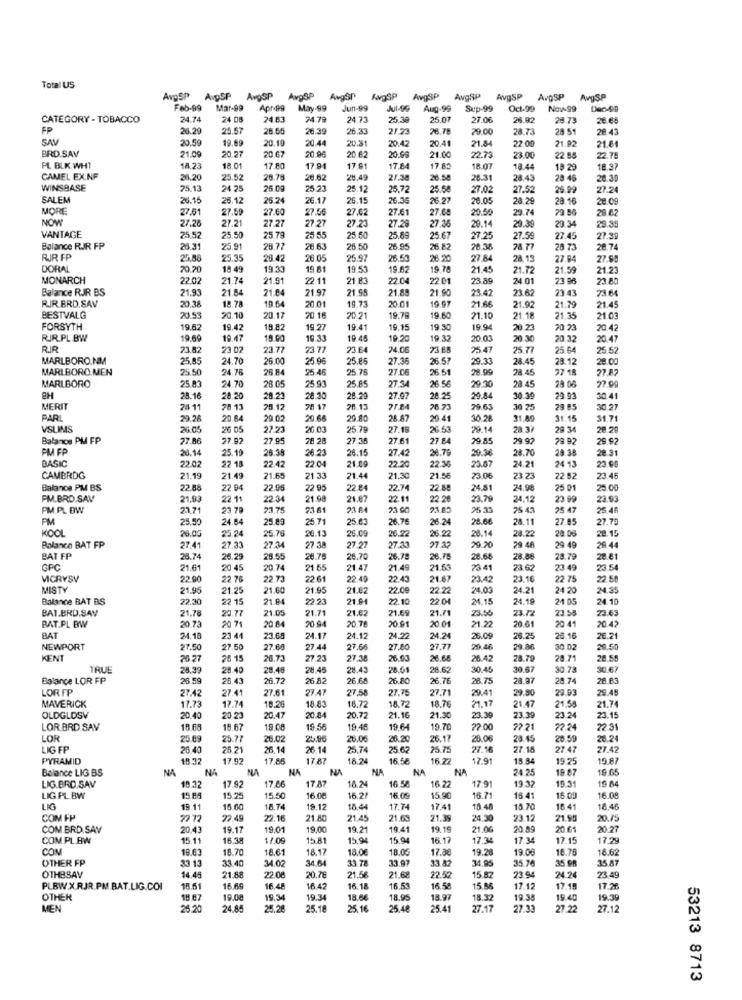
Total US
AvpSP
AvpSP
AvgSP
AvgSP
AvgSP
AwgSP
AvSP
AvgSP
AvgSP
AvpSP
AvgSP
Feb-99
Mar-99
Apr-99
May-99
Jun-99
Jul-96
Aug-99
Sup-99
Oct-99
Now 99
CATEGORY - TOBACCO
24.74
24 08
24 53
74.79
24.73
25.38
25.07
27.06
26.9
28.73
26.65
FP
26.29
25.57
28.65
26.39
26.33
21.23
29.00
28.73
28 51
28.4
SAY
20.59
19.69
20.19
20.44
20.31
20.42
20.41
21.84
22.00
21.92
21.64
BRD.SAV
20.27
20.99
21.09
20.67
20.96
20.62
21.00
22.73
23.00
22 55
22.75
PL BLK WHT
18.23
18.01
17.80
17 .94
17.61
17.84
17.85
18.07
18.44
18 29
18.37
CAMEL EXNF
26.20
25.52
28.79
26.62
28.49
21.3
26.50
26.31
28.43
23 46
20.39
WINSBASE
25.13
24 25
25 09
25.23
25.12
25.72
25.58
27.02
27.52
26.99
27.24
SALEM
26.15
26.12
26.24
26.17
26.1
26.36
26.27
20.0
28.29
28.16
28.09
MORE
27.51
27.59
27.60
27.56
27.62
27.61
27.68
20.56
29.74
28.62
NOW
27.26
27.27
27.27
27.23
27.29
29.39
29.34
27.21
27.36
20.14
28.3
VANTAGE
75.52
25.50
25.79
5.55
25.50
25.89
25.67
27.25
27.59
27.45
Balance RIR FP
26.31
25.91
28.77
26.63
26.50
26.95
26.82
28.38
78.77
28 73
26.74
RIR FP
25.88
25.35
28.42
26.05
25.97
26.50
26.20
27.8
28.13
27.84
27.99
DORAL
70.20
18 49
19.33
19 81
19.53
19.62
19.78
21.45
21.72
21.56
21.23
MONARCH
22.02
21.74
21.91
22.11
21 83
22.04
22.01
23.89
23 96
23.80
Balance RJR BS
21.93
21.54
21.84
21 97
21 S
21.89
21.90
23.42
23.62
23 43
23.64
RIR.BRD.SAV
20.38
18.78
19.64
20.01
19.73
20 01
19 97
21.66
21.92
21.79
21.45
BESTVALG
20.53
20.10
20.17
20 18
20 21
19.79
19.60
21.10
21.18
21.35
21.03
FORSYTH
19.62
19.42
18.82
19.27
19.41
19.15
19 30
19.94
20.23
20 2
20.42
RIR.PL BW
19.69
19.47
18.00
10.33
19.45
10.20
19 37
20.0.
20.30
20.32
20.47
23.82
23 02
23.77
23 77
23 64
24.06
23 EB
2541
25.77
25.64
25.52
MARLBORO.NM
25,85
24.70
26.00
25.90
25.85
27.36
26.57
29.33
28.45
28.12
28.00
MARLBORO.MEN
25.50
24.76
26 84
25.46
25.76
27.06
26.51
28.99
28.45
27 18
27.82
MARLBORO
24.70
25 93
25.85
27.34
29.30
27.90
25.83
28.0
26.56
28.45
28 06
EH
28.16
28.20
28.23
28.30
28.29
27.97
28.25
29.84
30.39
29.93
30.41
MERIT
28 11
28 13
79.12
70.12
77.84
76 73
79.63
30 75
29 85
30.27
PARL
29.28
20.64
29.02
20.64
29.80
28.87
20.41
30.28
31.89
31.15
31.71
VSLIMS
26.05
26 05
27.2
26.03
25.79
27.19
26.5
29.14
28 37
29 34
28.29
Balance PM FP
77.86
27.92
27.95
28 20
27.35
27.61
27.84
29.85
29.92
29 92
29.92
PM EP
20.14
25.19
26.38
26.23
26.15
27.42
26.79
29.36
28.70
28.31
BASIC
22.02
22.42
21.09
22.3
23.67
24.21
24 13
22 18
22:04
22.20
23.95
CAMBRDG
21.19
21.49
21.65
21 33
21.44
21.30
21.56
23.06
23.23
22 82
23 45
Balance PM BS
22.88
22 04
22.95
22 95
22.84
22.74
22.88
24.81
24.98
25 01
25.00
PM.BRD.SAV
21.93
22 11
22.34
21.98
21.87
22.11
22 28
23.79
24.12
23 99
23.93
PM.PL BW
21.71
23 79
23.75
23.81
23 BA
23 90
23.85
35.33
75 43
25 47
25.4
PM
25.50
24.84
25.89
25.71
25.63
26.76
26.24
28.66
28.11
27.85
27.70
KOOL
26.00
25.78
0.13
28.14
20.15
25.24
26.0
26.2
26.22
28.22
20.0
Balanco BAT FP
27.41
27.33
27.34
27 38
27.27
27.33
29.20
79 48
29 49
24.44
BAT FP
25.74
26.29
25.55
26.75
26.70
26.75
26.78
28.68
28.86
28.79
28.81
GPC
21.61
20 45
20 74
21 65
21.47
21.49
21.63
73 41
23. 62
23 49
23.54
VICRYSV
22.90
22 76
22.72
22 .61
22.40
22.43
21.67
23.42
3.16
22 75
22.5
MISTY
21.95
21.25
21.60
21.95
21.82
22.09
22.22
24.03
24.21
24 20
24.35
Balance BAT BS
22.30
22 15
21.94
22.23
21.9
22.10
22.04
24.15
24.19
24 05
24.10
BAT.BRD.SAV
21.78
20.7
21.05
21.71
21.62
21.59
21.71
23.56
23.72
23.55
23.63
20.78
20.91
BAT.PL BW
20.73
20 71
20.84
20 94
20.01
21.22
20.61
20 41
20.42
BAT
24.18
23 41
23.68
24.17
24.12
24.22
24.24
26.09
26.25
26.16
26.21
NEWPORT
27.5
27.50
27.68
27.44
27.66
27.80
27.77
20.46
29.86
30.02
29.50
KENT
26.27
28 15
26.73
27.23
27.38
26.03
26.68
28.42
28.79
28.71
28.55
TRUE
28.39
28.40
28.48
28.45
28.43
28.61
28.62
30.45
30.67
30.73
30.67
Balance LOR FP
26 .59
28.43
26.72
26.8
26.65
26.80
26.76
28.75
28.97
28.74
28.63
LOR FP
27.42
27.41
27.61
2747
27.58
27.75
27.71
29.41
29.80
9.93
29.45
17.73
17.74
18.20
18.83
18.72
21.17
MAVERICK
18.72
18.76
21.47
21.58
21.74
OLDGLDSV
20.40
20 23
20.47
20.84
20.72
21.16
21.30
23.39
23.39
23.24
23.15
LOR BRD SAV
15.68
18.67
19.08
19 56
19.45
19.64
19.7
22.00
2.21
2.24
22.31
LOR
25.89
25.77
26.02
25.00
26.20
26.17
20.06
23.45
20.59
20.24
LIG FP
26 40
25 21
26.14
26 14
25,74
25 67
75.75
27.16
27.18
27.47
27.42
PYRAMID
19.32
17.52
17.85
17.87
18.24
16 58
16.77
17.91
15 8
19.25
19 87
Balance LIG BS
NA
NA
NA
NA
NA
NA
NA
NA
24 25
19.87
19.65
LIG.BRD.SAV
17.66
17.87
16.24
16 52
16.22
17.91
19.37
19.31
19 8
18.32
17.92
LIG PL BW
15 88
15.25
15.50
16.00
16.2/
16.05
15.90
15.71
15.41
16.09
16.08
LIG
19.11
15.60
18.74
19.12
18.44
17.74
17.41
10.48
15.70
16.41
10.45
COM FP
22 72
22.49
22.16
21 40
21.45
21.65
21.39
24.30
23.12
21.90
20.75
COM BRD.SAV
20.43
19.17
19.01
19.00
19.21
19.41
19.15
21.06
20.89
20.61
20.27
COM.PLBW
15.11
16.38
11.09
15.81
15.9
15.94
16.17
17.34
17.34
17.15
17.29
COM
19.63
18.70
18.61
18.17
18.0€
18.00
17.36
19.2
19.00
16.76
18.62
OTHER FP
33 13
33.40
34.02
34.64
33.78
33.97
33.82
34.95
35.76
35.98
35.87
OTHBSAV
22.08
21.56
15.82
14.45
21.88
20.76
21.68
22.52
23 94
24.24
23.49
PLBW.X RJR.PM.BAT.LIG.COI
18.51
16.69
16.48
16.42
16.18
16.53
16.58
15.86
17.12
17.18
17.26
OTHER
18 67
19.00
19.34
19.34
18.6€
18.95
18.97
18.32
19.38
19.40
19.39
MEN
26.20
24.84
25.28
25.18
25.16
25.48
25.41
27.17
27.33
27.22
27.12
53213 8713